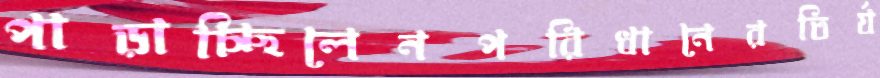
পাড়াচ্ছিলেনপরিধানেরতির্য